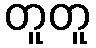
တူတူ